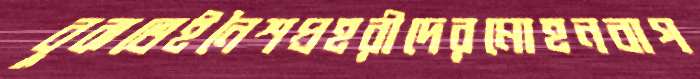
বুঝতেইনৈশপ্রহরীদেরমোহনবাগ